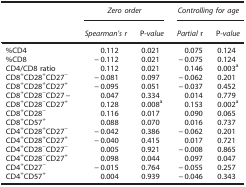
|  | <COLSPAN=2> Zero order | <COLSPAN=2> Controlling for age |
 |  | Spearman’s r | P-value | Partial r | P-value |
 | --- | --- | --- | --- | --- |
 | %CD4 | 0.112 | 0.021 | 0.075 | 0.124 |
 | %CD8 | −0.112 | 0.021 | −0.075 | 0.124 |
 | CD4/CD8 ratio | 0.112 | 0.021 | 0.146 | 0.003a |
 | CD8+CD28+CD27− | −0.081 | 0.097 | −0.062 | 0.201 |
 | CD8+CD28+CD27+ | −0.095 | 0.051 | −0.037 | 0.452 |
 | CD8+CD28−CD27− | 0.047 | 0.334 | 0.014 | 0.779 |
 | CD8+CD28−CD27+ | 0.128 | 0.008a | 0.153 | 0.002a |
 | CD8+CD28− | 0.116 | 0.017 | 0.090 | 0.065 |
 | CD8+CD57+ | 0.088 | 0.070 | 0.016 | 0.737 |
 | CD4+CD28+CD27− | −0.042 | 0.386 | −0.062 | 0.201 |
 | CD4+CD28+CD27+ | −0.040 | 0.415 | 0.017 | 0.721 |
 | CD4+CD28−CD27− | 0.005 | 0.921 | −0.008 | 0.865 |
 | CD4+CD28−CD27+ | 0.098 | 0.044 | 0.097 | 0.047 |
 | CD4+CD27− | −0.015 | 0.764 | −0.055 | 0.257 |
 | CD4+CD57+ | 0.004 | 0.939 | −0.046 | 0.343 |